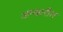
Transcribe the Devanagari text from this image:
अम्ब्रारीश